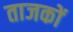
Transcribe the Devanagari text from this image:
ताजकों